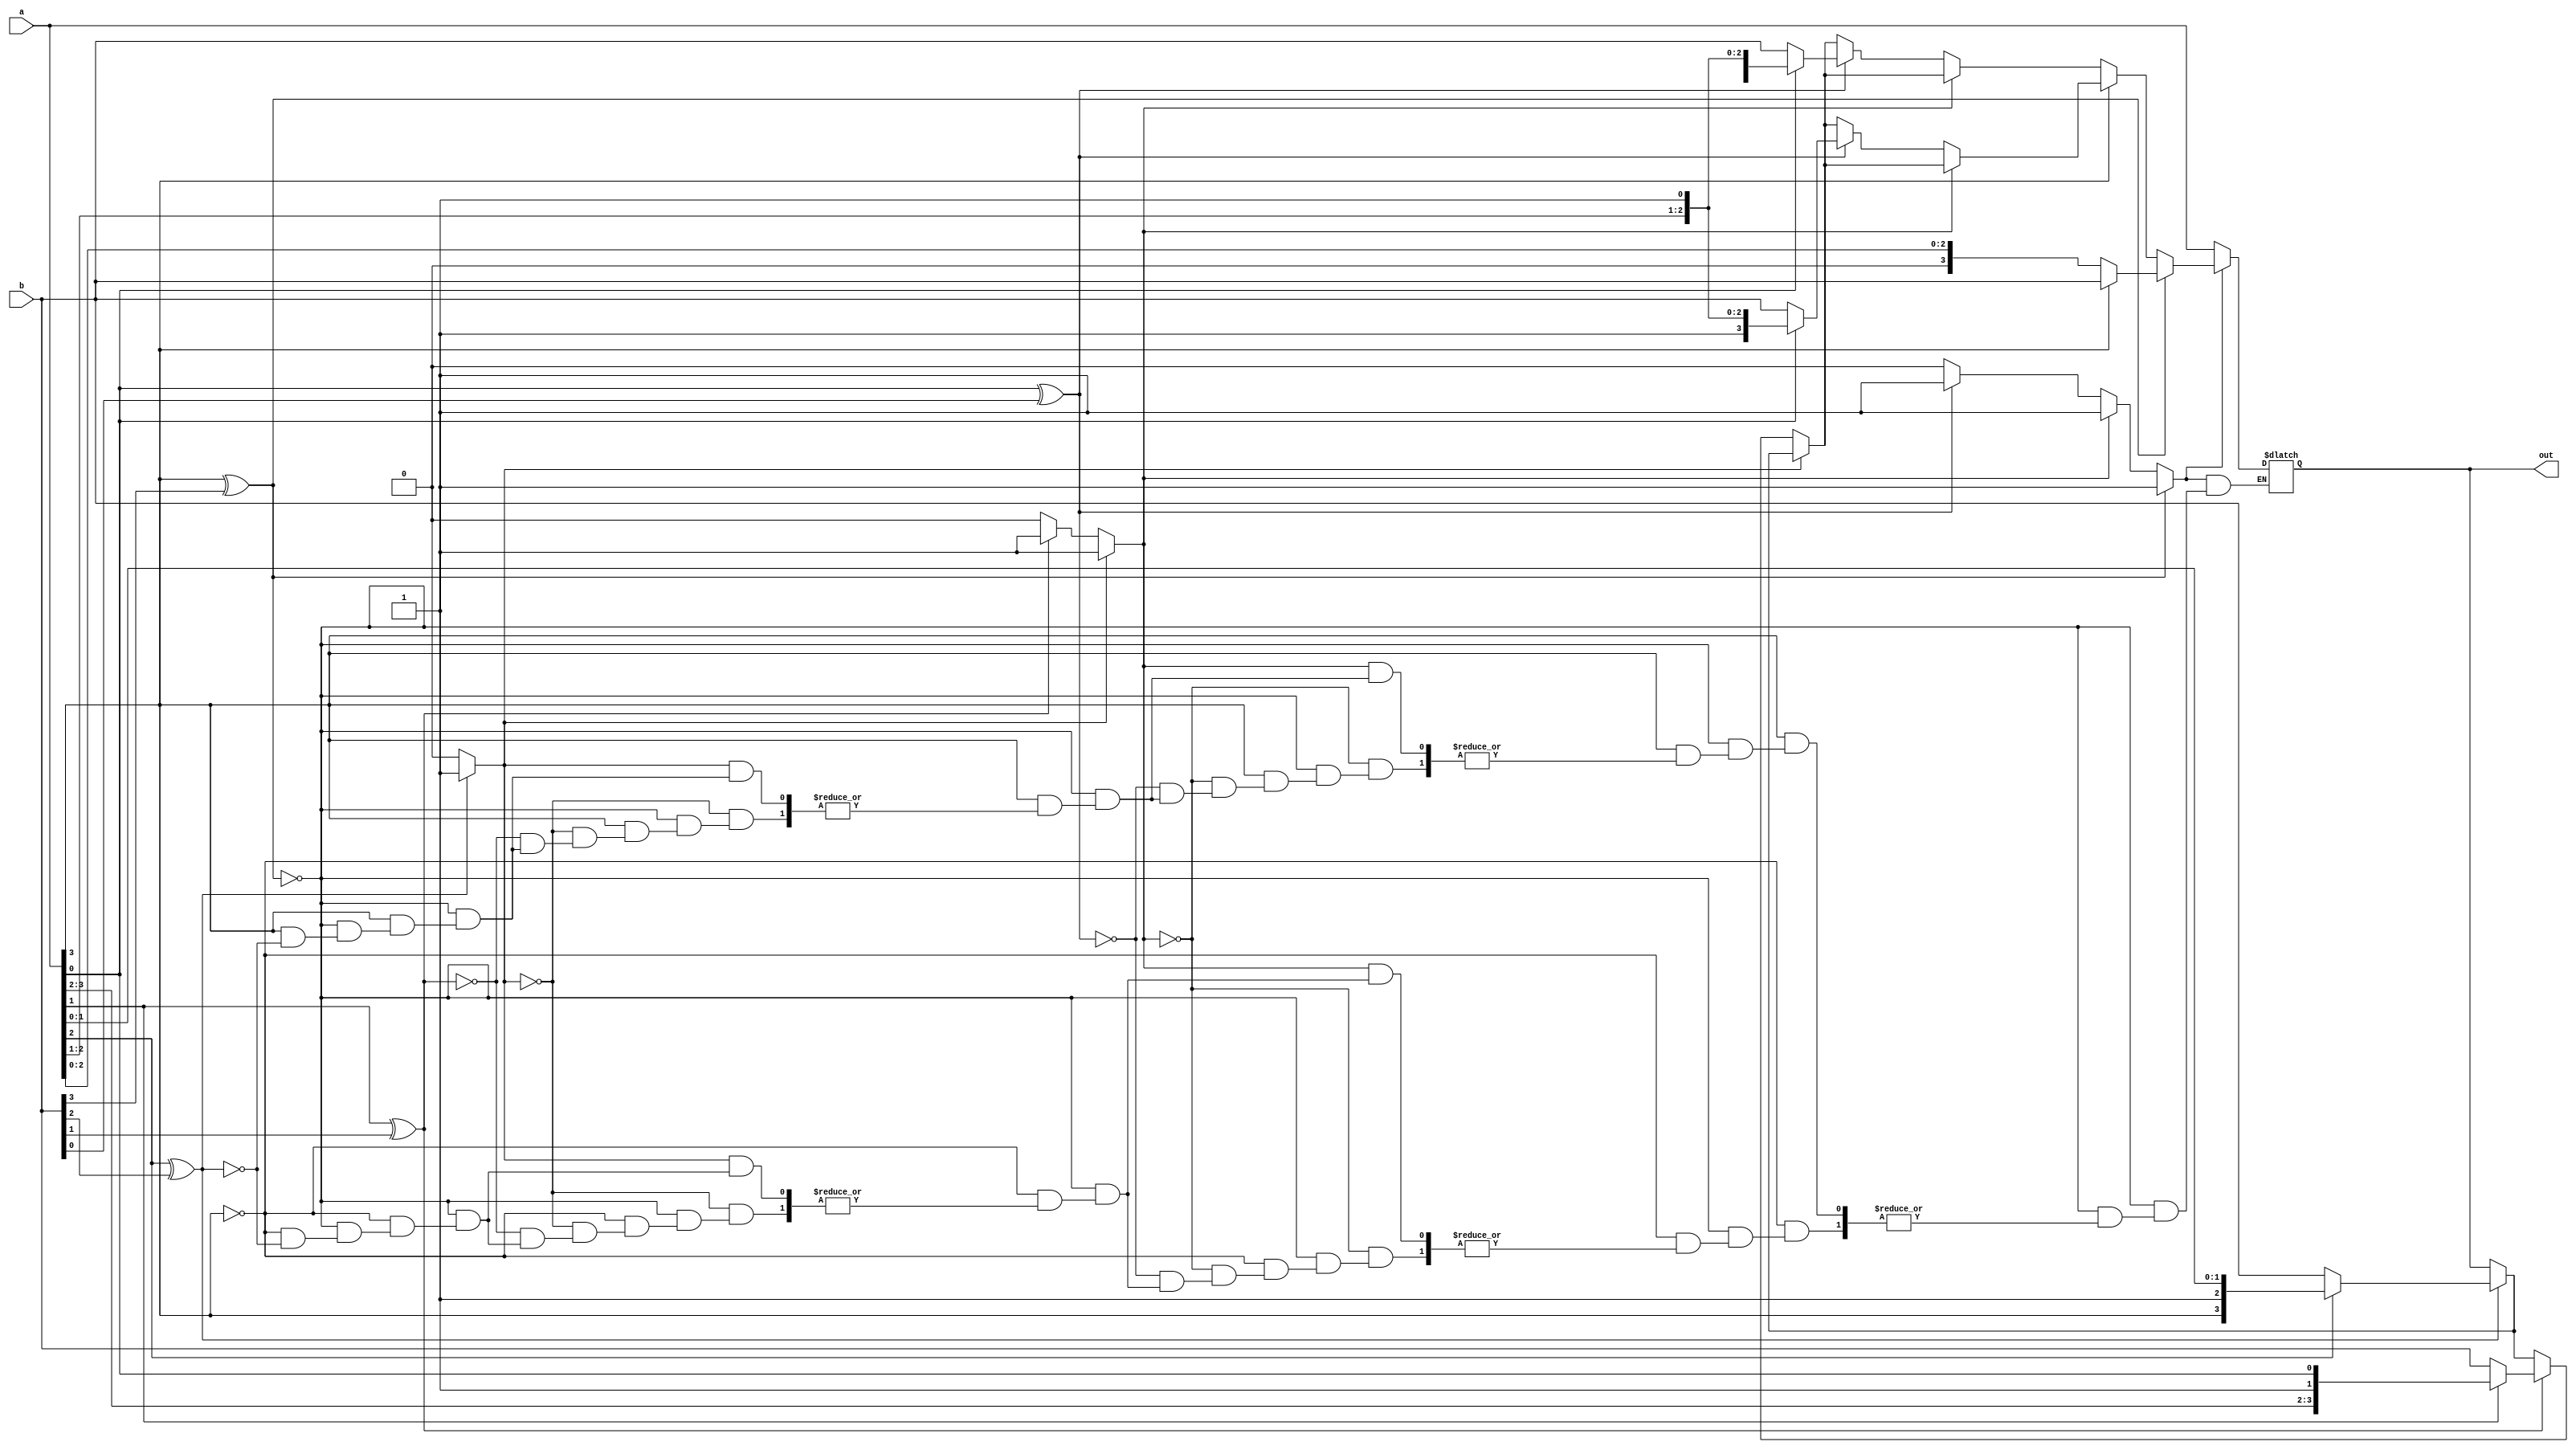
module max(a,b,out);

input [3:0] a,b;
output [3:0] out;
reg i,out;
integer j;

always@(a or b)
begin 
i=0;
if(a[3]^b[3]==1)
 if(a[3]==1) begin
  out = b;
  i=1; end
 else begin 
  out = a;
  i=1; end
else begin
 if(a[3]==0)
  for(j=2;j>=0;j=j-1) begin
   if(i==0) 
    if(a[j]^b[j]==1)
     if(a[j]==1) begin 
       out = a;
       i=1; end
     else begin
       out = b;
       i=1; end
  end
 else 
  for(j=2;j>=0;j=j-1) begin
   if(i==0)
    if(a[j]^b[j]==1)
     if(a[j]==0) begin 
       out = b;
       i=1; end
     else begin
       out = a;
       i=1; end
  end
end
if(i==0)
 out=a;

end

endmodule